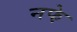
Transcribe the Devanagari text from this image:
नफे़